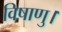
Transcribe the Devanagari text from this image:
विषाणु।